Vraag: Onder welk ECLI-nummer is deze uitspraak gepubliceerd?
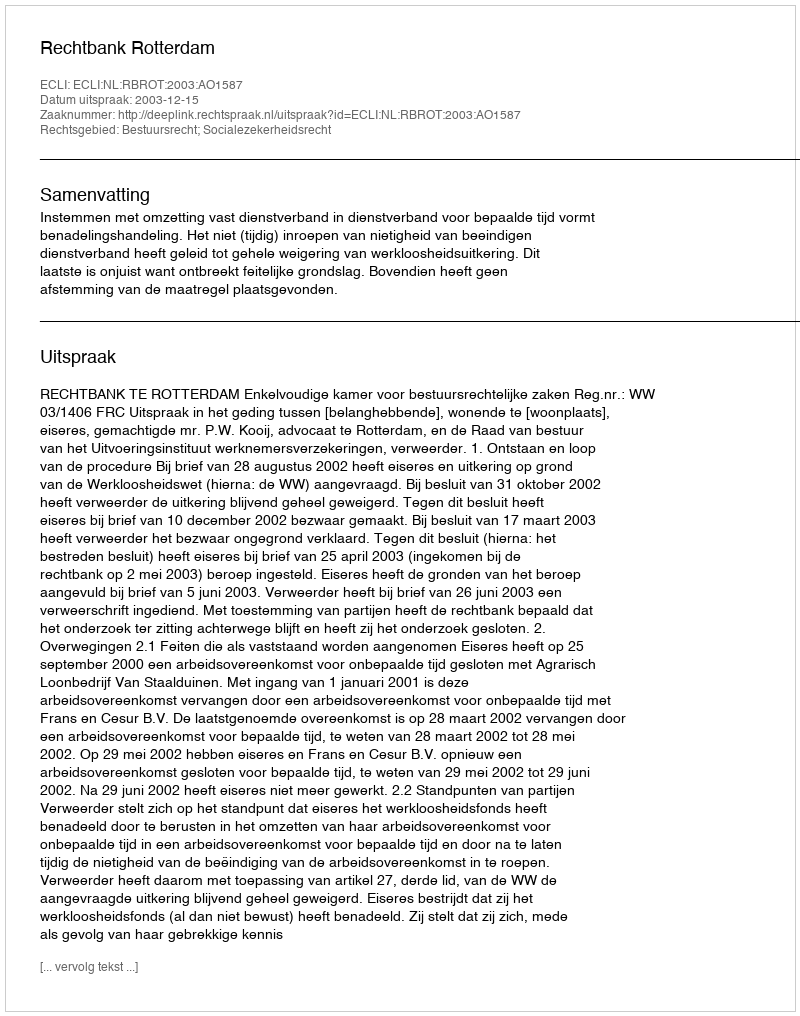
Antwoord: ECLI:NL:RBROT:2003:AO1587